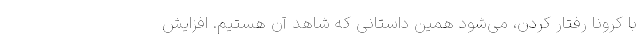
با کرونا رفتار کردن، می‌شود همین داستانی که شاهد آن هستیم. افزایش